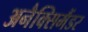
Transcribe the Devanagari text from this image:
अनैक्सिमैंडर